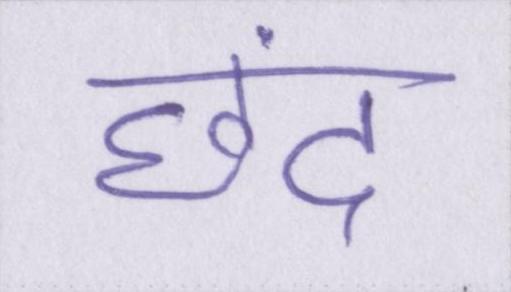
छंद